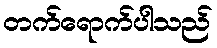
တက်ရောက်ပါသည်